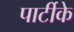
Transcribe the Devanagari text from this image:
पार्टीके